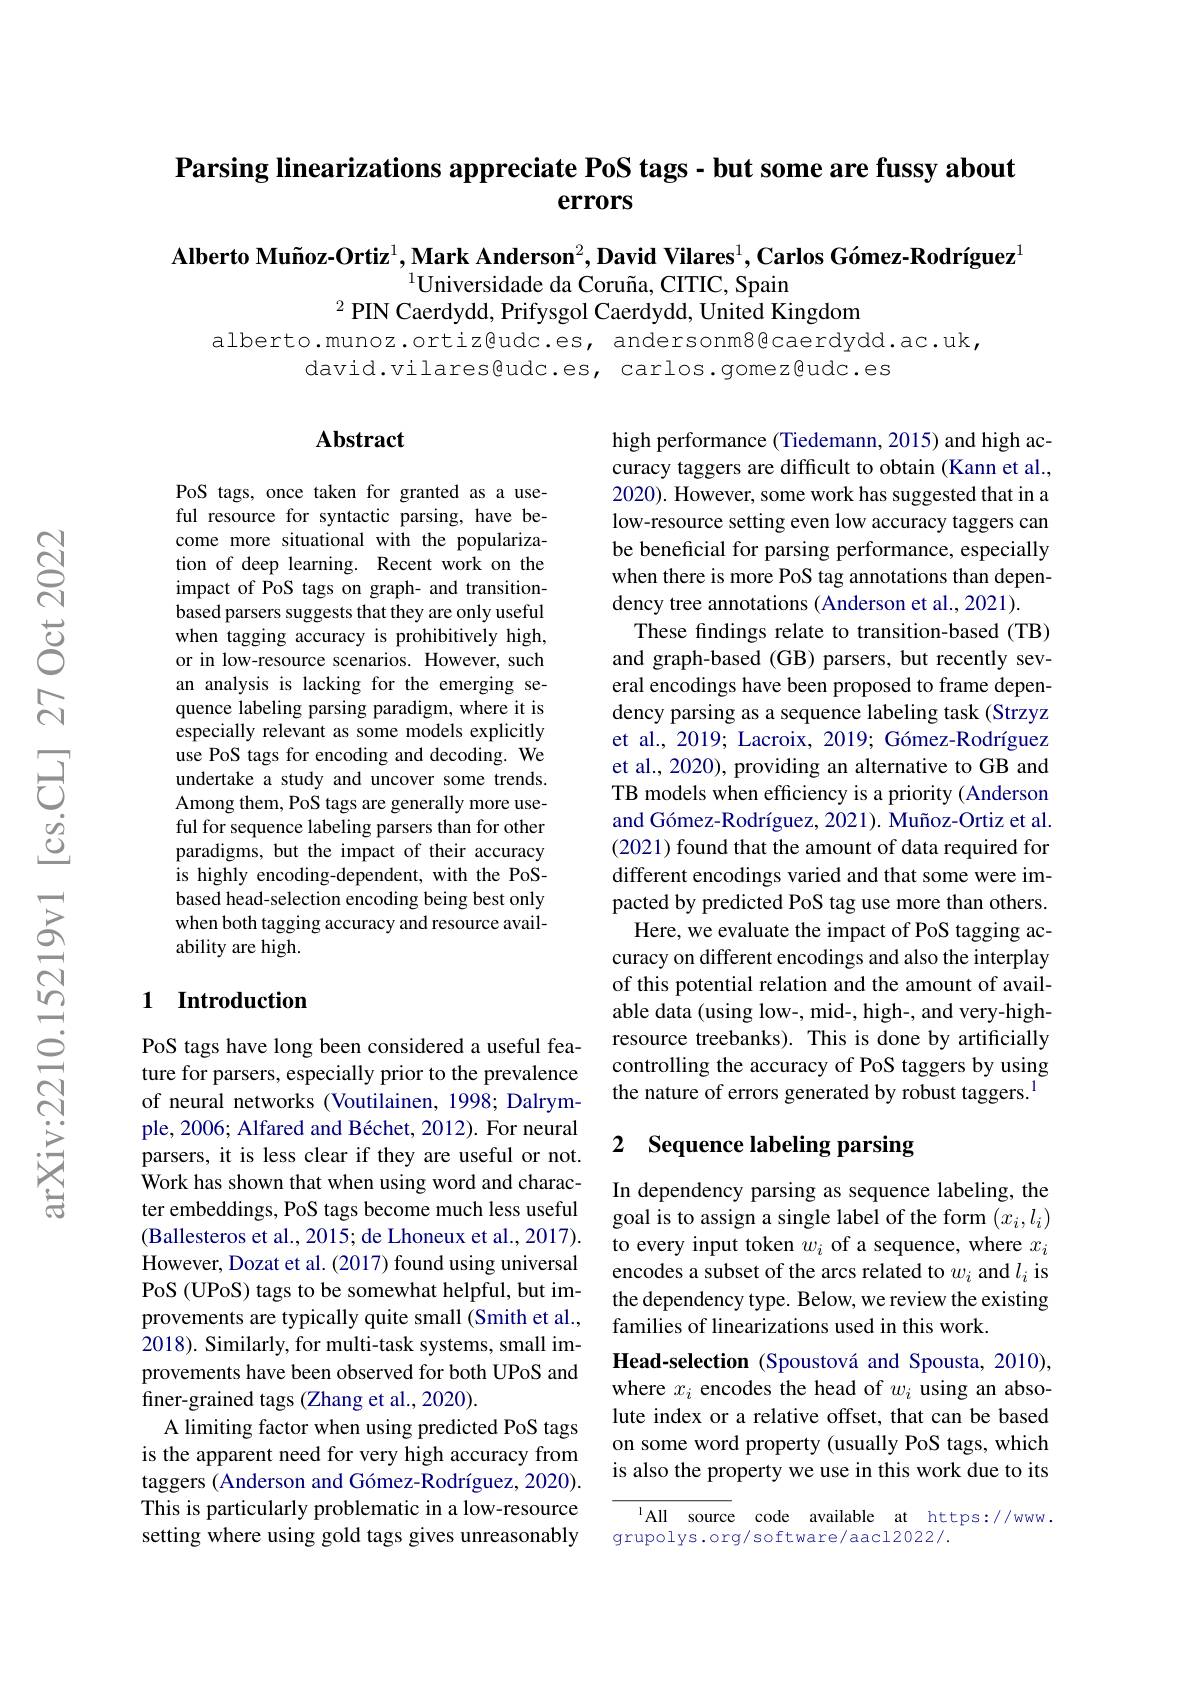
# Parsing linearizations appreciate PoS tags - but some are fussy about $\mathbf{errors}$

Alberto Muñoz-Ortiz$^1,\textbf{Mark Anderson}^2,\textbf{David Vilares}^1,\textbf{Carlos Gómez-Rodríguez}^1$
$^{1}$Universidade da Coruña, CITIC, Spain
$^{2}$ PIN Caerdydd, Prifysgol Caerdydd, United Kingdom
alberto.munoz.ortiz@udc.es, andersonm8@caerdydd.ac.uk,

david.vilares@udc.es, carlos.gomez@udc.es

### Abstract

PoS tags, once taken for granted as a useful resource for syntactic parsing, have become more situational with the popularization of deep learning. Recent work on the impact of PoS tags on graph- and transitionbased parsers suggests that they are only useful when tagging accuracy is prohibitively high, or in low-resource scenarios. However, such an analysis is lacking for the emerging sequence labeling parsing paradigm, where it is especially relevant as some models explicitly use PoS tags for encoding and decoding. We undertake a study and uncover some trends. Among them, PoS tags are generally more useful for sequence labeling parsers than for other paradigms, but the impact of their accuracy is highly encoding-dependent, with the PoSbased head-selection encoding being best only when both tagging accuracy and resource availability are high.

high performance (Tiedemann, 2015) and high accuracy taggers are difficult to obtain (Kann et al., 2020). However, some work has suggested that in a low-resource setting even low accuracy taggers can be beneficial for parsing performance, especially when there is more PoS tag annotations than dependency tree annotations (Anderson et al., 2021).
These findings relate to transition-based (TB) and graph-based (GB) parsers, but recently several encodings have been proposed to frame dependency parsing as a sequence labeling task (Strzyz et al., 2019; Lacroix, 2019; Gómez-Rodríguez et al., 2020), providing an alternative to GB and TB models when efficiency is a priority (Anderson and Gómez-Rodríguez, 2021). Muñoz-Ortiz et al. (2021) found that the amount of data required for different encodings varied and that some were impacted by predicted PoS tag use more than others.
Here, we evaluate the impact of PoS tagging accuracy on different encodings and also the interplay of this potential relation and the amount of available data (using low-, mid-, high-, and very-highresource treebanks). This is done by artificially controlling the accuracy of PoS taggers by using the nature of errors generated by robust taggers.$^{1}$

### 1 $\textbf{Introduction}$

## 2 Sequence labeling parsing

PoS tags have long been considered a useful feature for parsers, especially prior to the prevalence of neural networks (Voutilainen, 1998; Dalrymple, 2006; Alfared and Béchet, 2012). For neural parsers, it is less clear if they are useful or not. Work has shown that when using word and character embeddings, PoS tags become much less useful (Ballesteros et al., 2015; de Lhoneux et al., 2017). However, Dozat et al. (2017) found using universal PoS (UPoS) tags to be somewhat helpful, but improvements are typically quite small (Smith et al., 2018). Similarly, for multi-task systems, small improvements have been observed for both UPoS and finer-grained tags (Zhang et al., 2020).
A limiting factor when using predicted PoS tags is the apparent need for very high accuracy from taggers (Anderson and Gómez-Rodríguez, 2020). This is particularly problematic in a low-resource setting where using gold tags gives unreasonably

In dependency parsing as sequence labeling, the goal is to assign a single label of the form $(x_i,l_i)$ to every input token $w_i$ of a sequence, where $x_i$ encodes a subset of the arcs related to $w_i$ and $l_i$ is the dependency type. Below, we review the existing families of linearizations used in this work.
Head-selection (Spoustová and Spousta, 2010), where $x_i$ encodes the head of $w_i$ using an absolute index or a relative offset, that can be based on some word property (usually PoS tags, which is also the property we use in this work due to its

All source code available at https://www.
grupolys.org/software/aacl2022/.